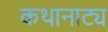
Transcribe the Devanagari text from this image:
कथानाट्य